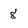
Character: 8